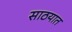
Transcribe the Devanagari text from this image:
साठयात